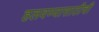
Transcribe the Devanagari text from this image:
हलवण्यासाठीची